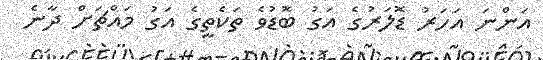
އަންނަ އަހަރު ޑޮލަރުގެ އަގު ބޮޑުވެ ތަކެތީގެ އަގު މައްޗަށް ދާނެ